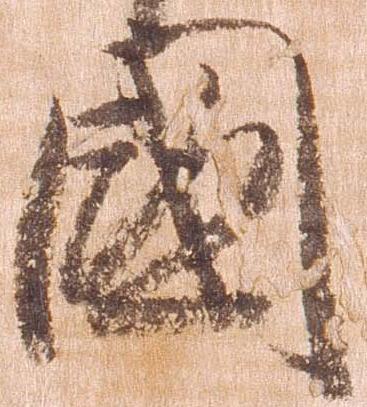
国